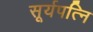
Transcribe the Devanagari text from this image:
सूर्यपत्नि